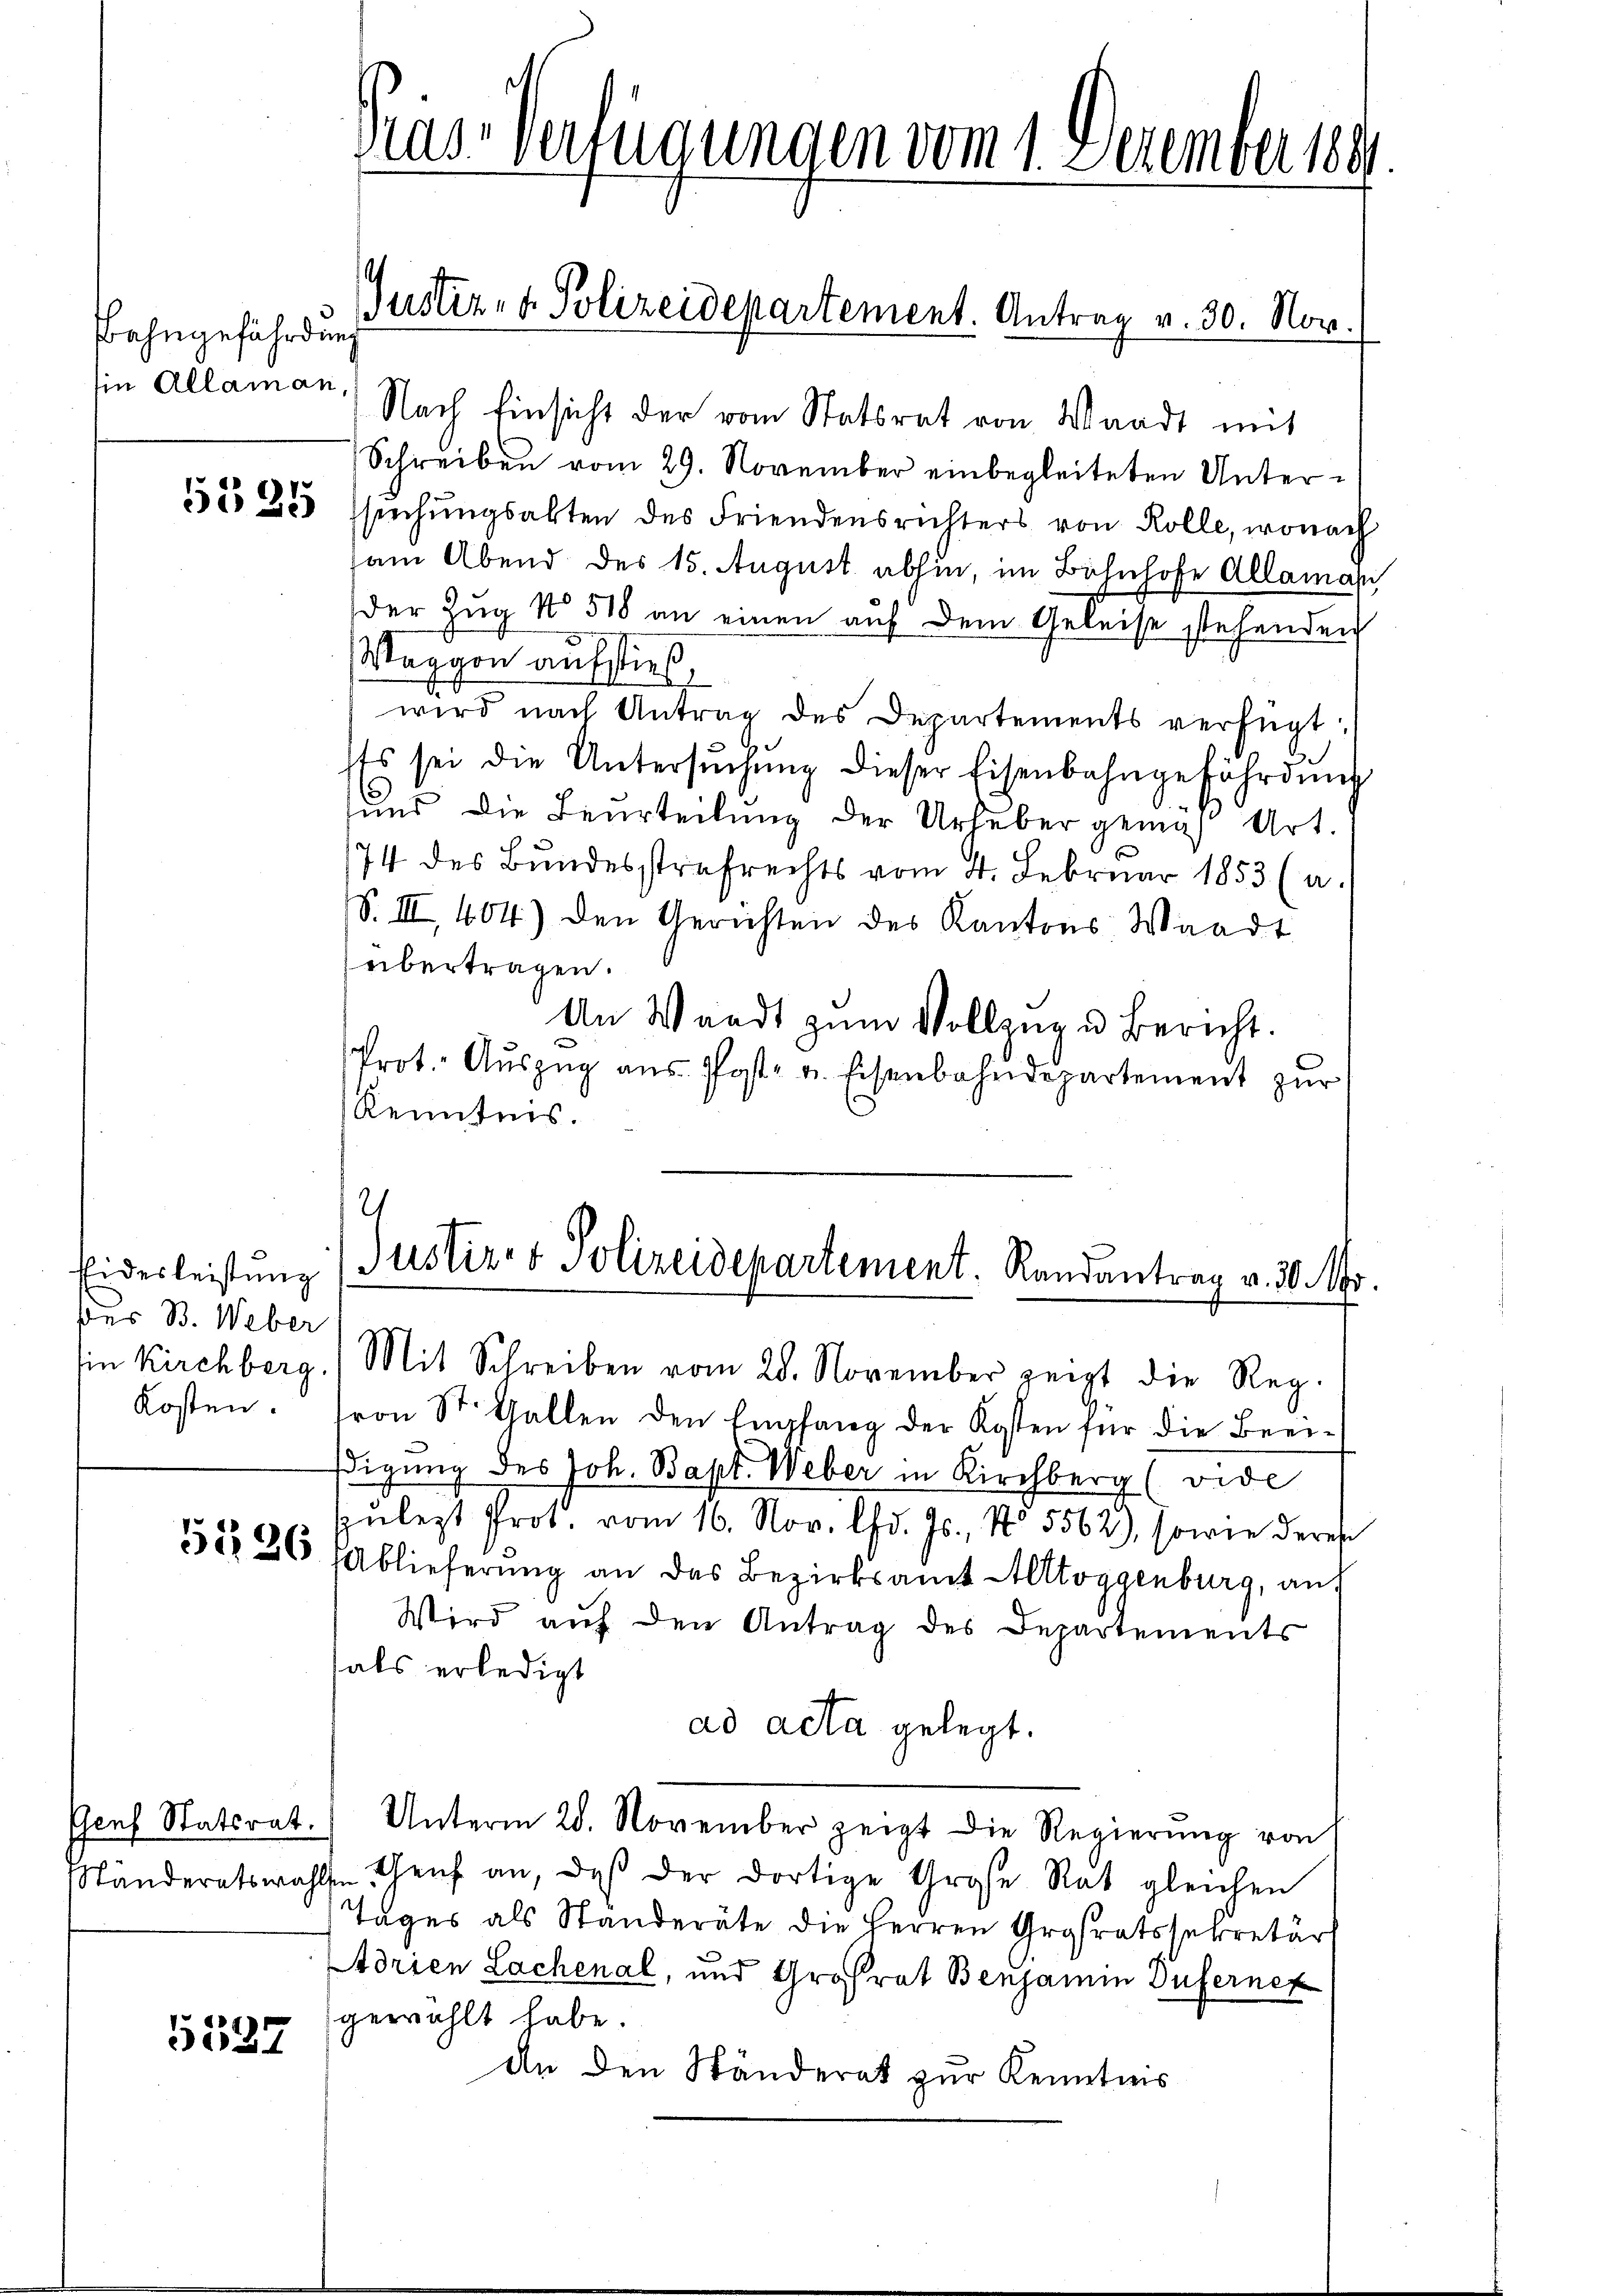
Bahngefährdung
sin Allaman,

5525

Eidesleistung
des B. Weber
Ein Kirchberg
Kosten.

Genf Statsrat.
Ständeratswah

5337

Das Verfügungen vom 1. Dezember 1891.

Nach Einsicht der vom Statsrat von Waadt mit
Schreiben vom 29. November einbegleiteten Untersuchungsakten des Friendensrichters von Rolle, wonach
am Abend des 15. August abhin, im Bahnhofe Allamat
der Zŭg No 518 an einen aŭf dem Geleise stehenden
Waggon aufstieß,
wird nach Antrag des Departements verfügt:
ts sei die Untersŭchŭng dieser Eisenbahngefährdŭng
und die Beurteilung der Urheber genug Art.
74 des Bundesstrafrechts vom 4. Februar 1853 (u.
S. III 404) den Gerichten des Kantons Waadt
übertragen.
An Waadt zŭm Vollzŭg u Bericht.
Prot. Aŭszŭg aŭs Post- u. Eisenbahndepartement zur
Kenntnis.
Justiz- & Polizeidepartement. Randantrag v. 30. Mi
Mit Schreiben vom 28. November zeigt die Reg.
ron St. Gallen den Empfang der Kosten für die Beeidigung des Joh. Bapt. Weber in Kirchberg (vide
nlezt Prot. vom 16. Nov. lfd. Js., No 5562), sowie deres
31226 Ablieferŭng an das Bezirksamt Altoggenburg, auf
Wird aŭf den Antrag des Departements
als erledigt
ad acta gelegt.
Unterm 28. November zeigt die Regierŭng von
Genf an, daß der dortige Große Rat gleichen
Tages als Standeräte die Herren Grasratssekretär
Adrien Lachenal, und Großrat Benjamin Dufernet
gewählt habe.
An den Ständerat zur Kenntnis

Justiz- & Polizeidepartement. Antrag v. 30. Nov.